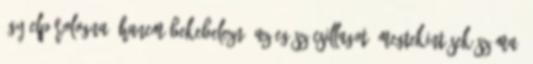
úgy elpárologna, hanem bekebelezné az egész csillagot. Megtekintések száma: